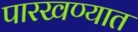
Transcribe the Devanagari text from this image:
पारखण्यात